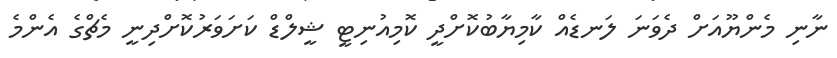
ނާނި މެންޔޫއަށް ދެވަނަ ލަނޑެއް ކާމިޔާބުކޮށްދީ ކޮމިއުނިޓީ ޝީލްޑް ކަށަވަރުކޮށްދިނީ މެޗްގެ އެންމެ